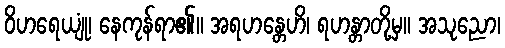
ဝိဟရေယျုံ၊ နေကုန်ရာ၏။ အရဟန္တေဟိ၊ ရဟန္တာတို့မှ။ အသုညော၊